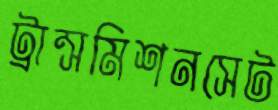
ট্রান্সমিশনসেট